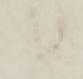
候